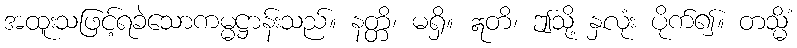
အထူးသဖြင့်ရခဲသောကမ္မဋ္ဌာန်းသည်။ နတ္တိ၊ မရှိ။ ဣတိ၊ ဤသို့ နှလုံး ပိုက်၍။ တသ္မိံ